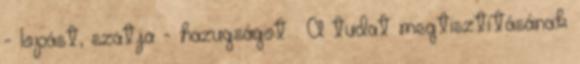
- lopást, szatja - hazugságot . A tudat megtisztításának